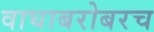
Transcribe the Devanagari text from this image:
वाघाबरोबरच